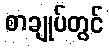
စာချုပ်တွင်